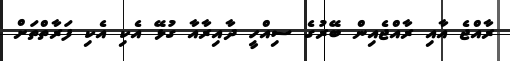
ރާއްޖެ އާއި ރާއްޖެއިން ބޭރުގެ ސިއްހީ ދާއިރާއާ ގުޅޭ އެކި އެކި ފަރާތްތަށް